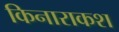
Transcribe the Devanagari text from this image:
किनाराकश